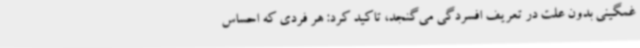
غمگینی بدون علت در تعریف افسردگی می‌گنجد، تاکید کرد: هر فردی که احساس